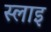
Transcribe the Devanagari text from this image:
स्लाइ